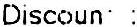
DISCOUN :